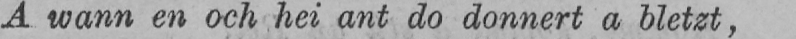
A wann en och hei ant do donnert a bletzt,